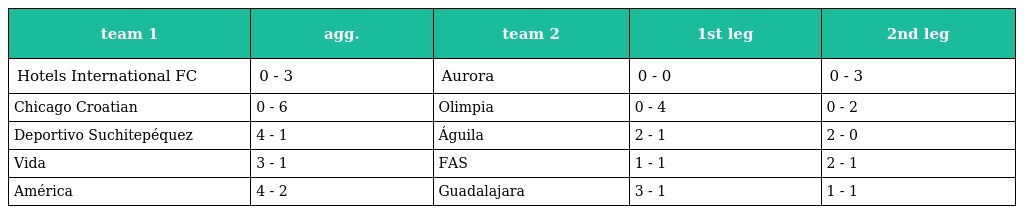
| team 1 | agg. | team 2 | 1st leg | 2nd leg |
 | --- | --- | --- | --- | --- |
 | Hotels International FC | 0 - 3 | Aurora | 0 - 0 | 0 - 3 |
 | Chicago Croatian | 0 - 6 | Olimpia | 0 - 4 | 0 - 2 |
 | Deportivo Suchitepéquez | 4 - 1 | Águila | 2 - 1 | 2 - 0 |
 | Vida | 3 - 1 | FAS | 1 - 1 | 2 - 1 |
 | América | 4 - 2 | Guadalajara | 3 - 1 | 1 - 1 |